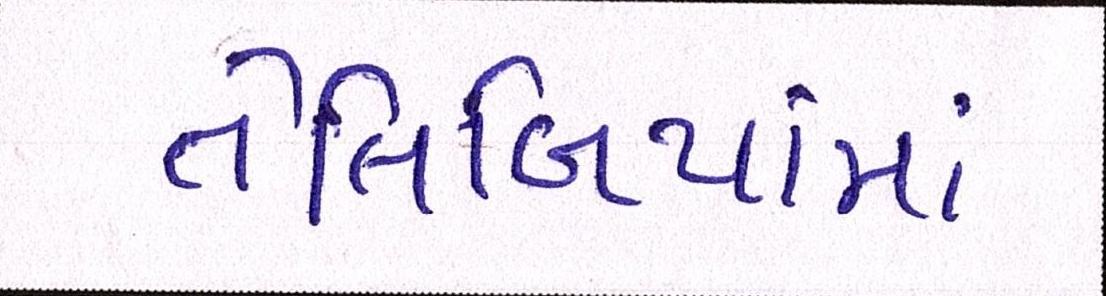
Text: તેલિબિયાંમાં